system: You are a helpful assistant.
user:
Analyze the provided spectrum to determine if it is a **S-type Star**.

- **Key Indicators for S-type Star:**

    - **(Overall Spectrum Shape):** The first and most obvious characteristic is the overall continuum (the "baseline" shape). It is **extremely "red-sloping,"** meaning the flux (light intensity) is very low on the left side (blue, ~4000-4500 Å) and rises steeply and continuously toward the right side (red, ~7000 Å+).

    - **(Primary):** The spectrum is defined by the presence of strong, broad molecular absorption "valleys" (bands) from **Zirconium Oxide (ZrO)**. The identification of these bands is the **primary requirement** for classifying a star as S-type.
        - **(Key Bandheads):** You must find distinct, deep "dips" where the light has been absorbed. The most critical band systems to locate are:
            - **~6474 Å** ($\gamma$-system): This is often the strongest and clearest ZrO feature, found in the red part of the spectrum.
            - **~5718 Å** & **~5551 Å** ($\beta$-system): A pair of prominent absorption features in the yellow-orange part of the spectrum.
            - **~4640 Å** ($\alpha$-system): A key absorption band system in the blue-green region of the spectrum.

    - **(Secondary Confirmation):** The classification is strengthened by finding additional absorption bands from other related heavy element oxides, which are expected to be present alongside ZrO.
        - **(Key Bandheads):**
            - **Yttrium Oxide (YO):** Look for absorption dips near **~4800 Å** and **~6100 Å**.
            - **Lanthanum Oxide (LaO):** Additional absorption features, particularly in the red-orange part of the spectrum, are also characteristic.

    - **(Line Profile):** The combination of the steep red continuum and these numerous, deep molecular bands (ZrO, YO, etc.) gives the entire spectrum a very **"chopped-up"** or **"bumpy"** appearance. Instead of a smooth curve, the spectrum looks as though large, wide chunks of light have been "carved out" of it at the specific wavelengths listed above.

Think first, call **spectral_visualization_tool** if needed to examine features in detail, then provide your final answer. Your response must adhere to the following strict rules:
1.  **Overall Structure:** Your response must follow the format `<think>...</think> <tool_call>...</tool_call> (if a tool is used) <answer>...</answer>`.
2.  **Tool Usage Constraint:** You may only make **one** tool call per turn.
3.  **Final Answer Format:** In the `<answer>` tag, your conclusion must be inside a `\boxed{}` command (e.g., `\boxed{YES}` or `\boxed{NO}`), followed by your justification.

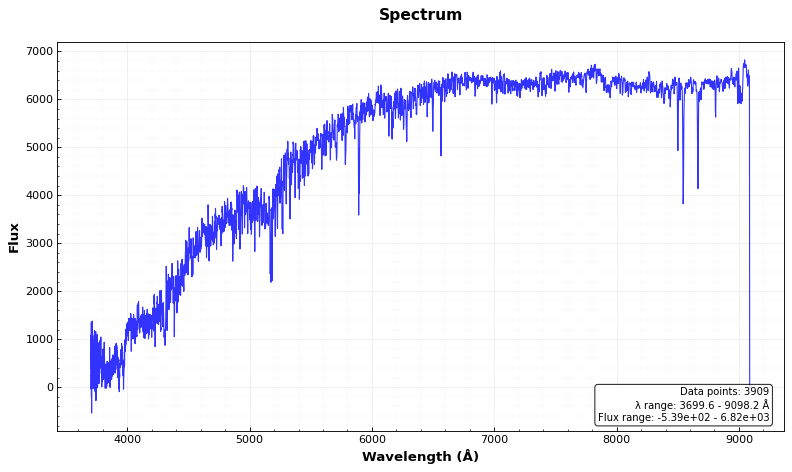
Answer: NO